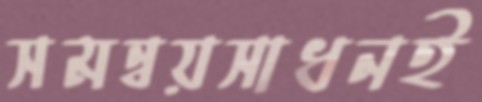
সমন্বয়সাধনই